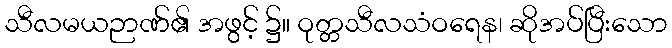
သီလမယဉာဏ်၏ အဖွင့် ၌။ ဝုတ္တသီလသံဝရေန၊ ဆိုအပ်ပြီးသော